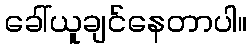
ခေါ်ယူချင်နေတာပါ။